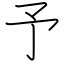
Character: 予